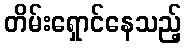
တိမ်းရှောင်နေသည့်